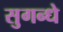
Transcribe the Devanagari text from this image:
सुगन्धे